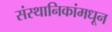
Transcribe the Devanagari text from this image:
संस्थानिकांमधून